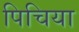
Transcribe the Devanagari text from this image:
पिचिया